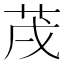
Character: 𦮠